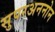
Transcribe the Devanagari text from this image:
सुपरअननोन